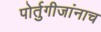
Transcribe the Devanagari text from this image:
पोर्तुगीजांनाच